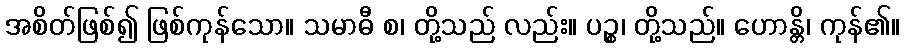
အစိတ်ဖြစ်၍ ဖြစ်ကုန်သော။ သမာဓီ စ၊ တို့သည် လည်း။ ပဉ္စ၊ တို့သည်။ ဟောန္တိ၊ ကုန်၏။